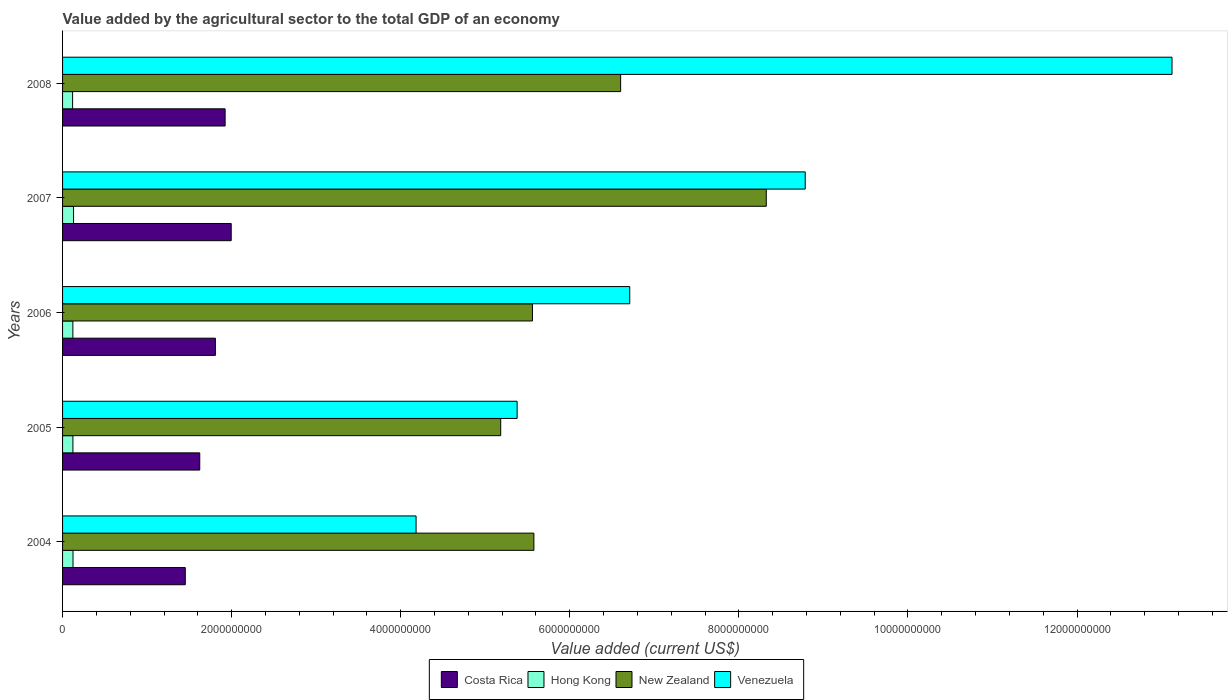
| Years | Costa Rica | Hong Kong | New Zealand | Venezuela |
 | --- | --- | --- | --- | --- |
 | 2004 | 1.45e+09 | 1.24e+08 | 5.58e+09 | 4.18e+09 |
 | 2005 | 1.62e+09 | 1.23e+08 | 5.18e+09 | 5.38e+09 |
 | 2006 | 1.81e+09 | 1.22e+08 | 5.56e+09 | 6.71e+09 |
 | 2007 | 1.99e+09 | 1.3e+08 | 8.32e+09 | 8.79e+09 |
 | 2008 | 1.92e+09 | 1.19e+08 | 6.6e+09 | 1.31e+10 |